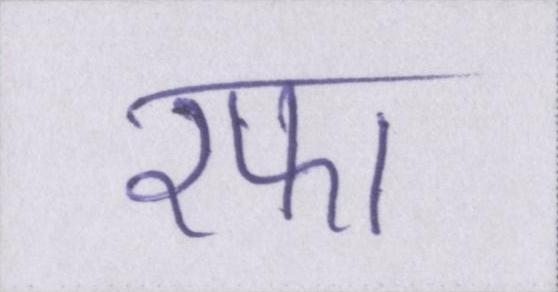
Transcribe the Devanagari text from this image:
रफा